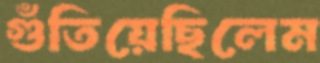
গুঁতিয়েছিলেম